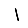
Digit: 1